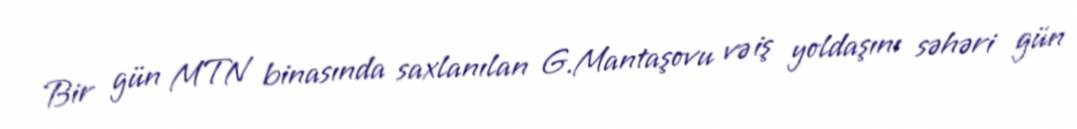
Bir gün MTN binasında saxlanılan G.Mantaşovu və iş yoldaşını səhəri gün